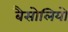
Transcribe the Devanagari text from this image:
बैसोलियो